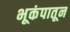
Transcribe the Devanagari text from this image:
भूकंपातून